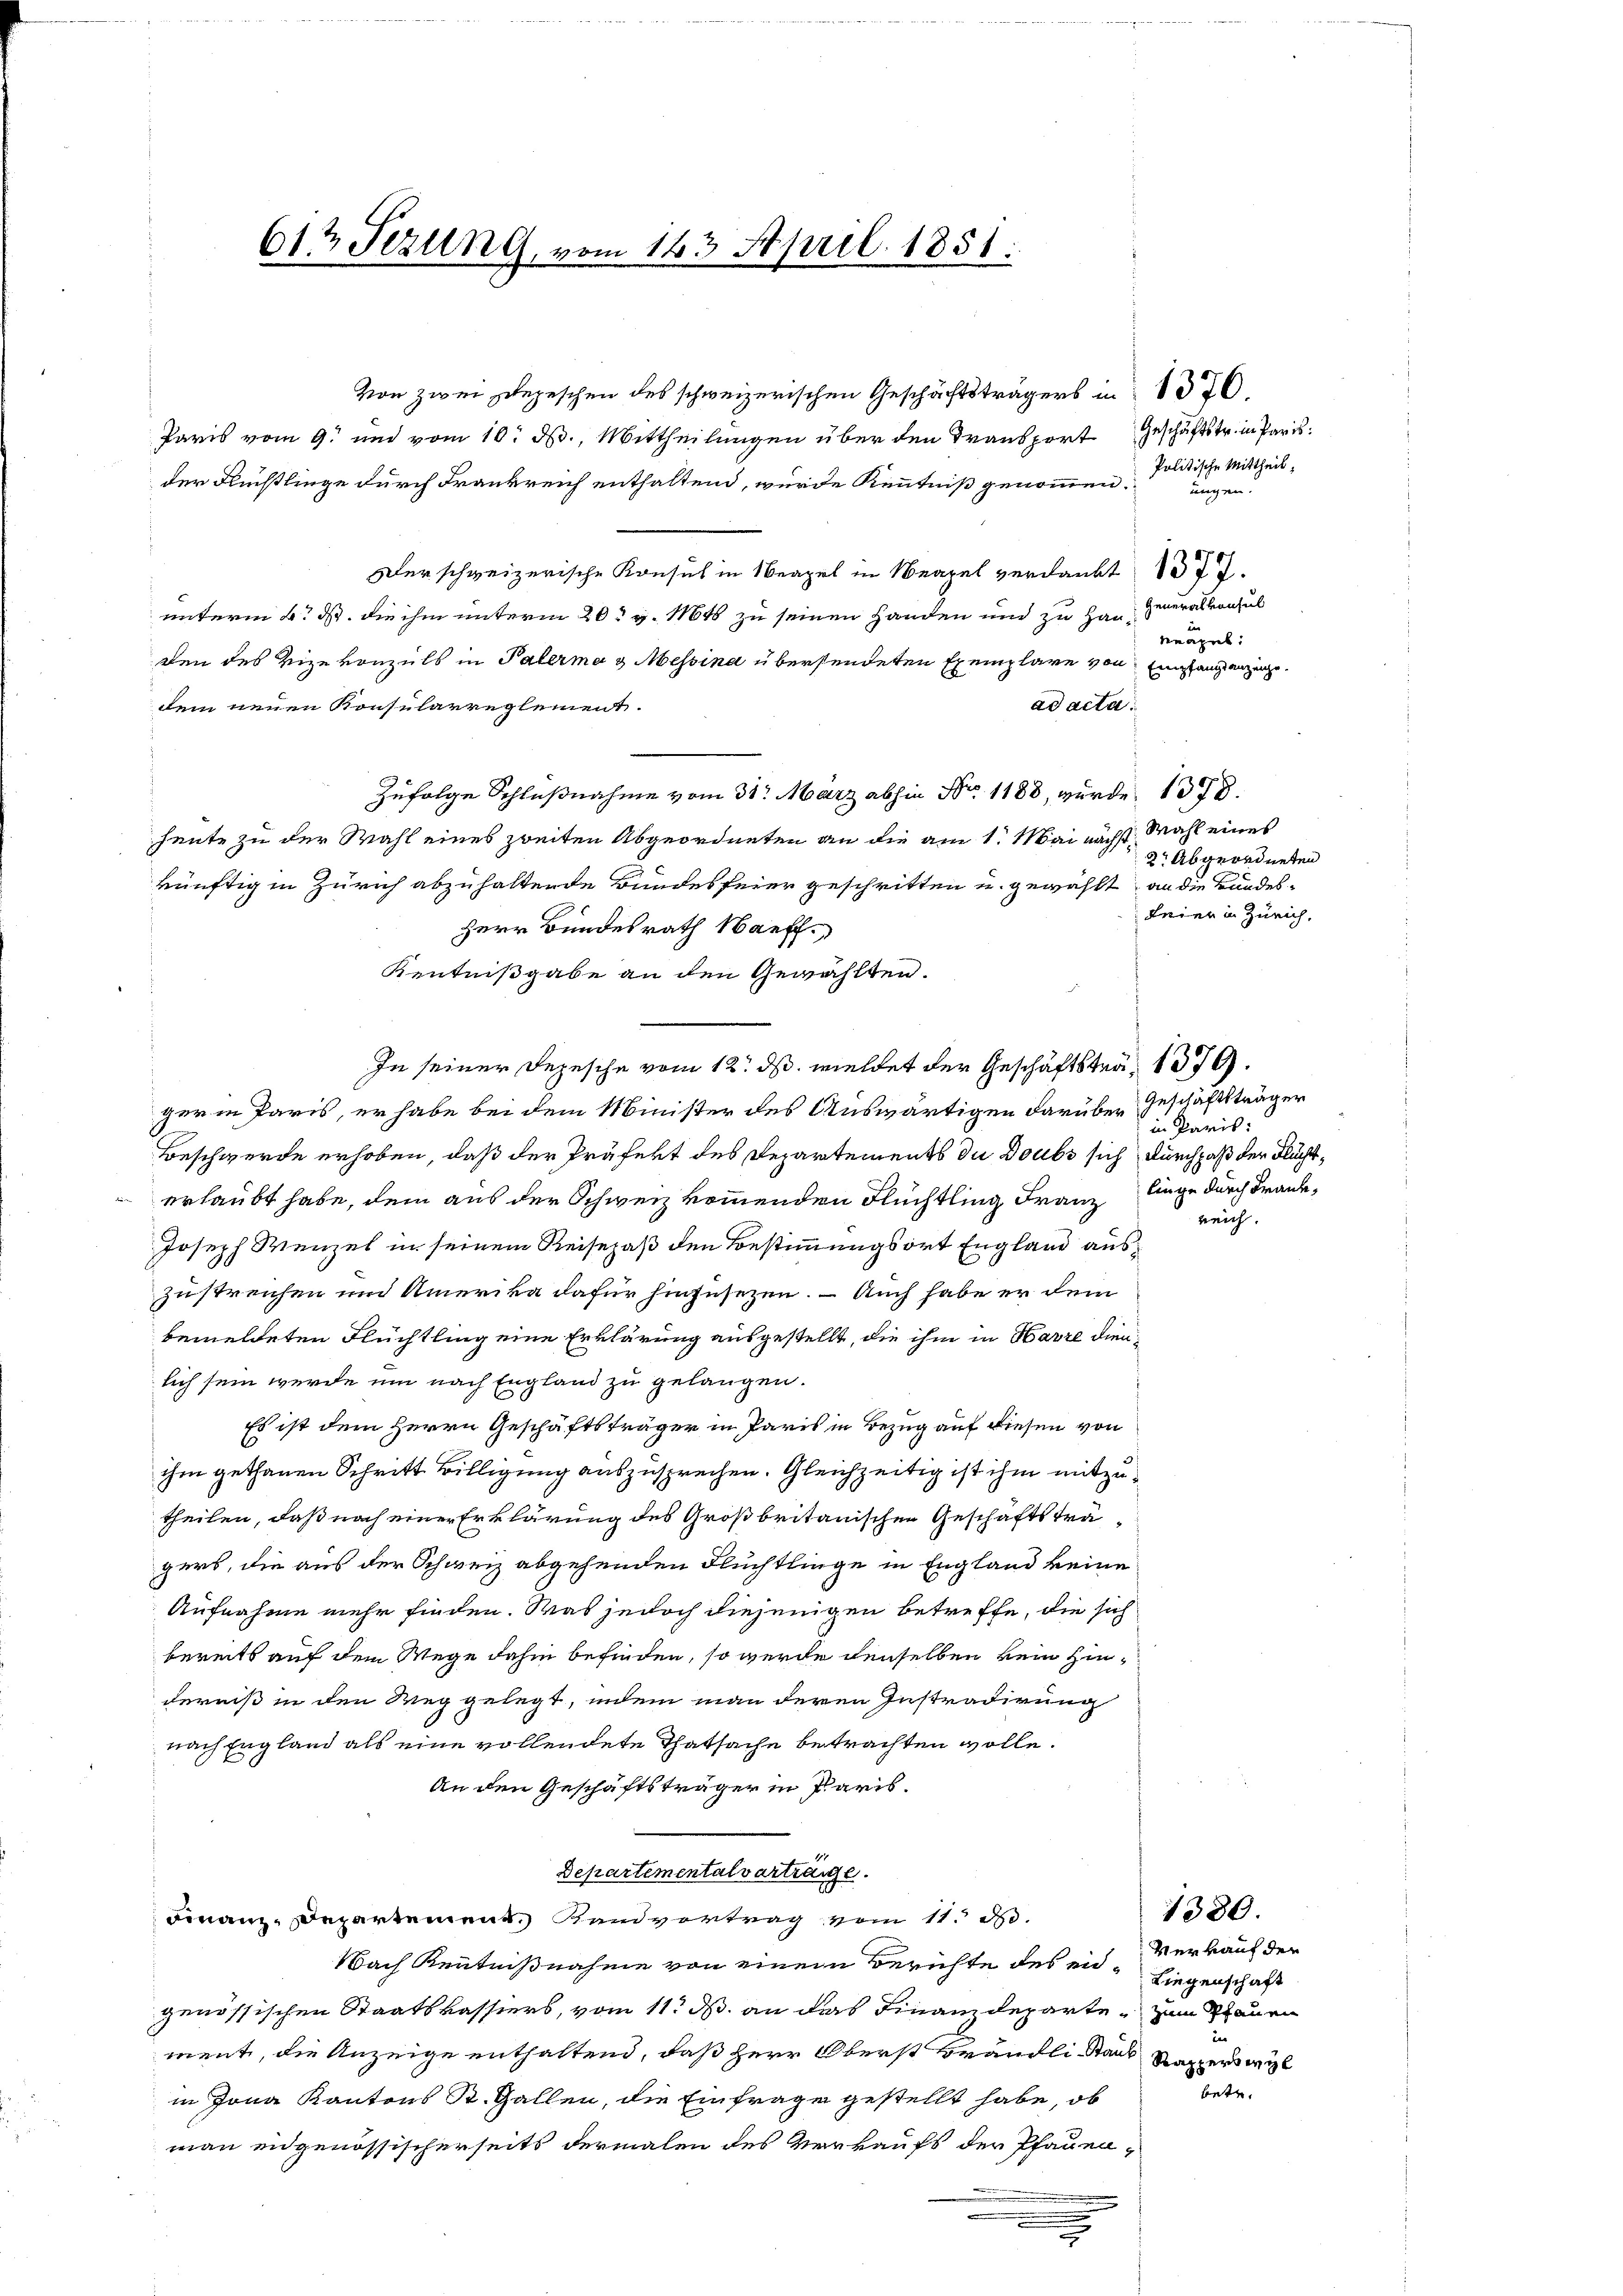
Von zwei Depeschen des schweizerischen Geschäftsträgers in 1576.
Paris vom 9. und vom 10. d. Mittheilungen über den Transport Geschäftstr. in Paris
der Flüchtlinge durch Frankreich enthaltend, wurde Kenntniß genommen. ungen.
erschweizerische Konsul in Neapel in Neapel verdankt 177.
unterm 4. d. die ihm unterm 20t v. 1161 zu seinen Handen und zu Hau, Generalkonsul
den des Vizekonzils in Palerma & Messina übersendeten Exemplare von
ad acta.
dem neuen Konsularreglement.
Zufolge Schlußnahme vom 31. März abhin Nr. 1188, wurde 1378.
heute zu der Wahl eines zweiten Abgeordneten an die am 1. Mai nächst Wahl eines
2r Abgeordneten
künftig in Zürich abzuhaltende Bundesfeier geschritten u. gewählt, an die Bundes¬
Herr Bundesrath auff
Kentnißgabe an den Gewählten.
In seiner Depesche vom 12. ds. meldet der Geschäftsträ, 1379.
ger in Paris, er habe bei dem Minister des Auswärtigen darüber Geschäftsträger
Beschwerde erhoben, daß der Präfekt des Departements die Doubs sich Durchpaß der Flücht¬
 erlaubt habe, dem aus der Schweiz kommenden Flüchtling Franz liege durch Frank¬
Joseph Wenzel in seinem Reisepaß den Bestimmungsort England auszustreichen und Amerika dafür hinzusezen. – Auch habe er dem
bemeldeten Flüchtling eine Erklärung ausgestellt, die ihm in Havre dienlich sein werde um nach England zu gelangen.
Es ist dem Herrn Geschäftsträger in Paris in Bezug auf diesen von
ihm gethanen Schritt Billigung auszusprechen. Gleichzeitig ist ihm mitzutheilen, daß noch einer Erklärung des Großbritanischen Geschäftsträgers, die aus der Schweiz abgehenden Flüchtlinge in England keine
Aufnahme mehr finden. Was jedoch diejenigen betreffe, die sich
bereits auf dem Wege dahin befinden, so werde denselben kein Hinderniß in den Weg gelegt, indem man deren Instradirung
nach England als eine vollendete Thatsache betrachten wolle.
An den Geschäftsträger in Paris.
Departementalvertrage.
1380.
Finanzdepartement Randvertrag vom 11. d.
Verkauf der
Nach Kenntnißnahme von einem Berichte des eid¬
Liegenschaft
genössischen Staatskassiers, vom 11. ds. an das Finanzdeparte zum Schauen
in
ment, die Anzeige enthaltend, daß Herr Oberst Brändli Stadt Rapperswil
eter
in Jona Kantons St. Gallen, die Einfrage gestellt habe, ob
man eidgenössischerseits dermalen des Verkaufs der Pfauen¬
.
.
.

61t Fezung, vom 143. April 1851.

Politische Mittheil,
Neapel:
Empfangsanzeige.

in Paris:

reich.

feier in Zürich,